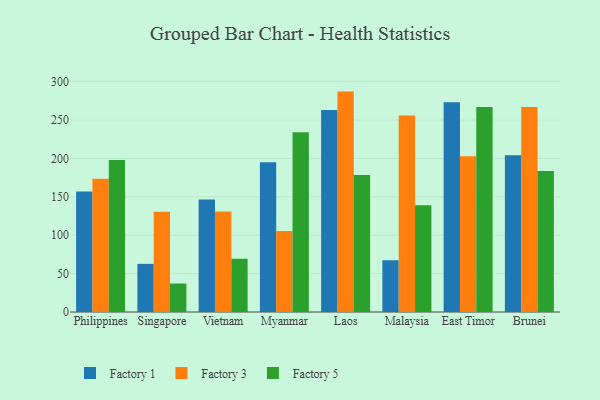
{"axis": {"x": "Country", "y": "Production Output"}, "legend": ["Factory 1", "Factory 3", "Factory 5"], "data": [{"x": "Philippines", "y": 157.0, "type": "Factory 1"}, {"x": "Philippines", "y": 173.5, "type": "Factory 3"}, {"x": "Philippines", "y": 198.1, "type": "Factory 5"}, {"x": "Singapore", "y": 62.7, "type": "Factory 1"}, {"x": "Singapore", "y": 130.5, "type": "Factory 3"}, {"x": "Singapore", "y": 37.1, "type": "Factory 5"}, {"x": "Vietnam", "y": 146.6, "type": "Factory 1"}, {"x": "Vietnam", "y": 130.8, "type": "Factory 3"}, {"x": "Vietnam", "y": 69.5, "type": "Factory 5"}, {"x": "Myanmar", "y": 195.0, "type": "Factory 1"}, {"x": "Myanmar", "y": 105.5, "type": "Factory 3"}, {"x": "Myanmar", "y": 234.3, "type": "Factory 5"}, {"x": "Laos", "y": 263.1, "type": "Factory 1"}, {"x": "Laos", "y": 287.1, "type": "Factory 3"}, {"x": "Laos", "y": 178.3, "type": "Factory 5"}, {"x": "Malaysia", "y": 67.3, "type": "Factory 1"}, {"x": "Malaysia", "y": 255.9, "type": "Factory 3"}, {"x": "Malaysia", "y": 139.1, "type": "Factory 5"}, {"x": "East Timor", "y": 273.3, "type": "Factory 1"}, {"x": "East Timor", "y": 203.0, "type": "Factory 3"}, {"x": "East Timor", "y": 267.1, "type": "Factory 5"}, {"x": "Brunei", "y": 204.2, "type": "Factory 1"}, {"x": "Brunei", "y": 266.9, "type": "Factory 3"}, {"x": "Brunei", "y": 183.8, "type": "Factory 5"}]}